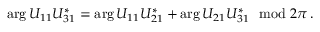
\arg U _ { 1 1 } U _ { 3 1 } ^ { * } = \arg U _ { 1 1 } U _ { 2 1 } ^ { * } + \arg U _ { 2 1 } U _ { 3 1 } ^ { * } ~ ~ \mathrm { m o d } ~ 2 \pi \, .